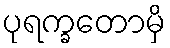
ပုရက္ခတောမှိ